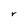
Character: r